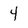
Character: 4